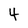
Character: 4